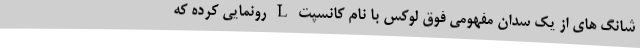
شانگ های از یک سدان مفهومی فوق لوکس با نام کانسپت L رونمایی کرده که